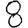
Digit: 8